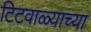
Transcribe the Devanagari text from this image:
टिटवाळ्याच्या